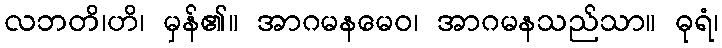
လဘတိ၊ဟိ၊ မှန်၏။ အာဂမနမေဝ၊ အာဂမနသည်သာ။ ဓုရံ၊